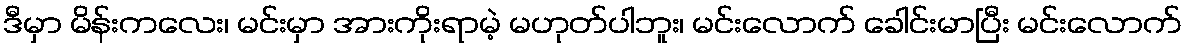
ဒီမှာ မိန်းကလေး၊ မင်းမှာ အားကိုးရာမဲ့ မဟုတ်ပါဘူး၊ မင်းလောက် ခေါင်းမာပြီး မင်းလောက်